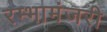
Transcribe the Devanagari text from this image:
रम्भामंजरी